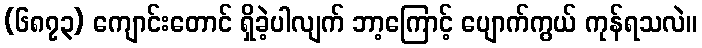
(၆၈၇၃) ကျောင်းတောင် ရှိခဲ့ပါလျက် ဘာ့ကြောင့် ပျောက်ကွယ် ကုန်ရသလဲ။